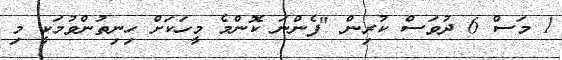
1 މަސް 6 ދުވަސް ކުރިން "ފެންނަ ކޮންމެ މީހަކަށް ހިނިތުންވުމަކީ މި